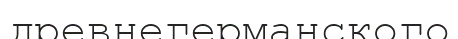
древнегерманского